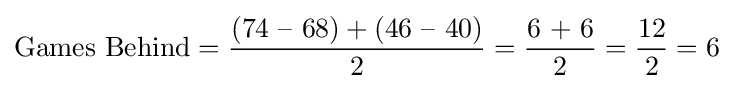
{\text{Games Behind}}={\frac {({\text{74 – 68}})+({\text{46 – 40}})}{2}}={\frac {\text{6 + 6}}{2}}={\frac {12}{2}}=6